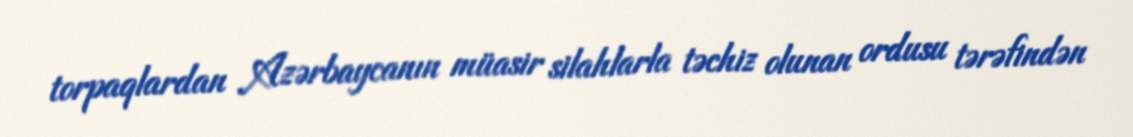
torpaqlardan Azərbaycanın müasir silahlarla təchiz olunan ordusu tərəfindən